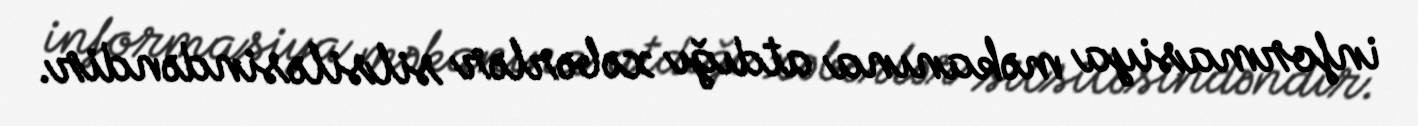
informasiya məkanına atdığı xəbərlər silsiləsindəndir.